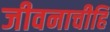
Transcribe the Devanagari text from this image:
जीवनाचीहि